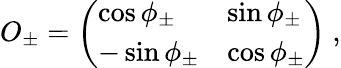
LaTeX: O_{\pm}=\left(\begin{array}{ll}{{\cos\phi_{\pm}}}&{{\sin\phi_{\pm}}}\\ {{-\sin\phi_{\pm}}}&{{\cos\phi_{\pm}}}\end{array}\right)\ ,